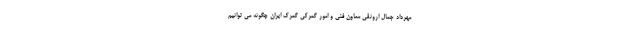
مهرداد جمال ارونقی معاون فنی و امور گمرکی گمرک ایران چگونه می توانیم